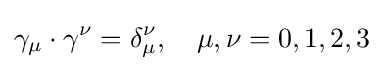
\gamma _{\mu }\cdot \gamma ^{\nu }=\delta _{\mu }^{\nu },\quad \mu ,\nu =0,1,2,3